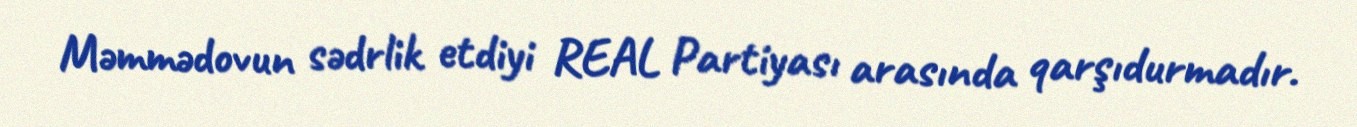
Məmmədovun sədrlik etdiyi REAL Partiyası arasında qarşıdurmadır.